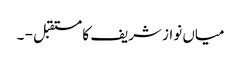
میاں نواز شریف کا مستقبل - ۔